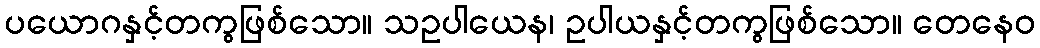
ပယောဂနှင့်တကွဖြစ်သော။ သဥပါယေန၊ ဥပါယနှင့်တကွဖြစ်သော။ တေနေဝ